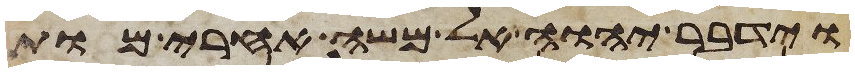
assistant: וידבר יהוה אל משה אחרי מות